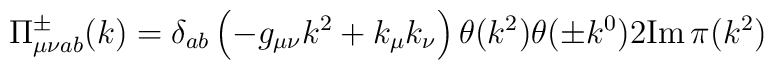
\Pi^\pm_{\mu\nu ab}(k) = \delta_{ab}\left(-g_{\mu\nu}k^2 + k_\mu k_\nu\right)\theta(k^2)\theta(\pm k^0)2{\rm Im}\,\pi(k^2)